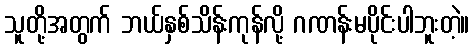
သူတို့အတွက် ဘယ်နှစ်သိန်းကုန်လို့ ဂဏန်းမပိုင်းပါဘူးတဲ့။